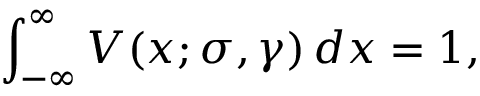
\int _ { - \infty } ^ { \infty } V ( x ; \sigma , \gamma ) \, d x = 1 ,